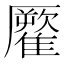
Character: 𩀾